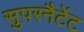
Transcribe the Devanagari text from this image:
सुपरनैटेंट